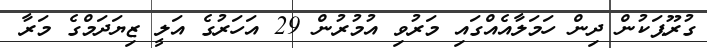
ގުރޫޕަކުން ދިން ހަމަލާއެއްގައި މަރުވި އުމުރުން 29 އަހަރުގެ އަލީ ޒިޔަދަމްގެ މަރާ